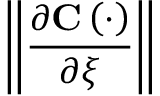
\left\| \frac { \partial \mathbf { C } \left( \cdot \right) } { \partial \xi } \right\|